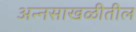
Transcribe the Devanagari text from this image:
अन्नसाखळीतील